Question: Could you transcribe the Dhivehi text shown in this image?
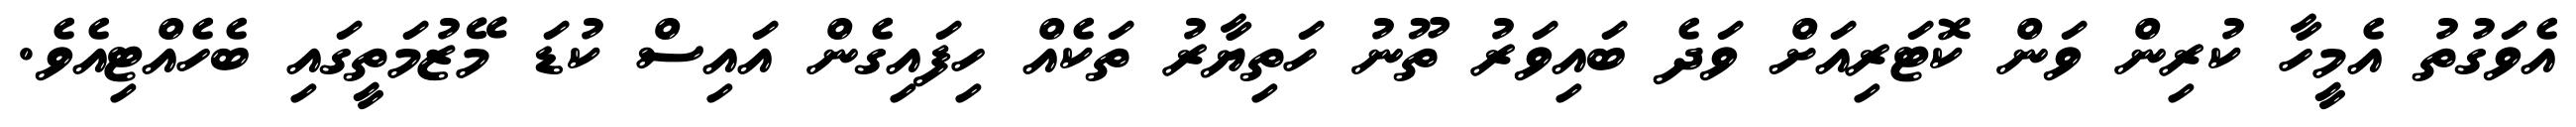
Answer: އެވަގުތު އެމީހާ ކުރިން ވަން ކޮޓަރިއަށް ވަދެ ބައިވަރު ތޫނު ހަތިޔާރު ތަކެއް ހިފައިގެން އައިސް ކުޑަ މޭޒުމަތީގައި ބެހެއްޓިއެވެ.